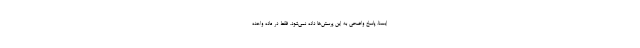
ایسنا، پاسخ واضحی به این پرسش‌ها داده نمی‌شود. فقط در ماده واحده